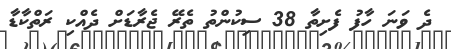
ދެ ވަނަ ހާފު ފެށިތާ 38 ސިކުންތު ތެރޭ ޖެރާޑަށް ދެއްކި ރަތްކާޑާ